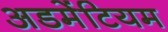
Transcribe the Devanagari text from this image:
अडमेंटियम